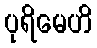
ပုရိမေဟိ